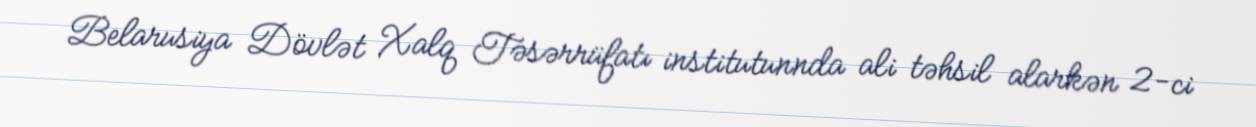
Belarusiya Dövlət Xalq Təsərrüfatı institutunnda ali təhsil alarkən 2-ci